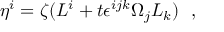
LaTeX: \eta ^ { i } = \zeta ( L ^ { i } + t \epsilon ^ { i j k } \Omega _ { j } L _ { k } ) \ \ ,